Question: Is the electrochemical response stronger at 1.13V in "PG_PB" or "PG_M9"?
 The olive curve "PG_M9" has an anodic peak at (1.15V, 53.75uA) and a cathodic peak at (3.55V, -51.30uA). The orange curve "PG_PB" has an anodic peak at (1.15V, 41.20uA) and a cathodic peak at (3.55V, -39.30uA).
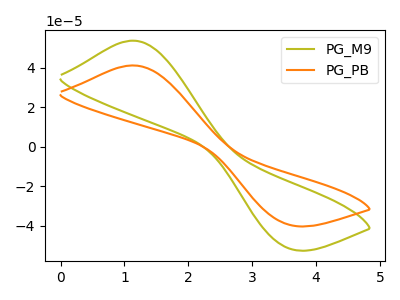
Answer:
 <answer>The peak at 1.13V is lower in "PG_PB" than in "PG_M9".</answer>
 <eval>lower</eval>